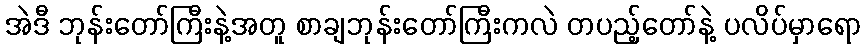
အဲဒီ ဘုန်းတော်ကြီးနဲ့အတူ စာချဘုန်းတော်ကြီးကလဲ တပည့်တော်နဲ့ ပလိပ်မှာရော